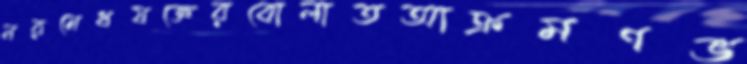
নরমেধযজ্ঞেরবোলাতআক্রমণভ